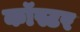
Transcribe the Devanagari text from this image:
कॉस्टर